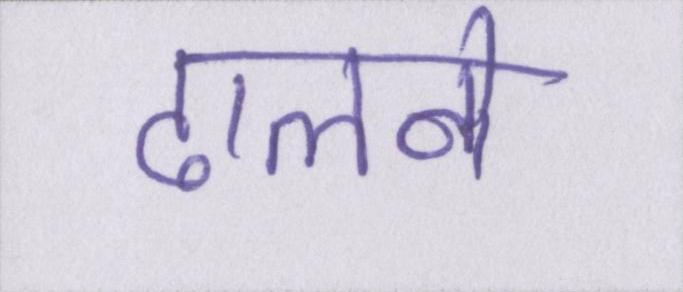
ढालने